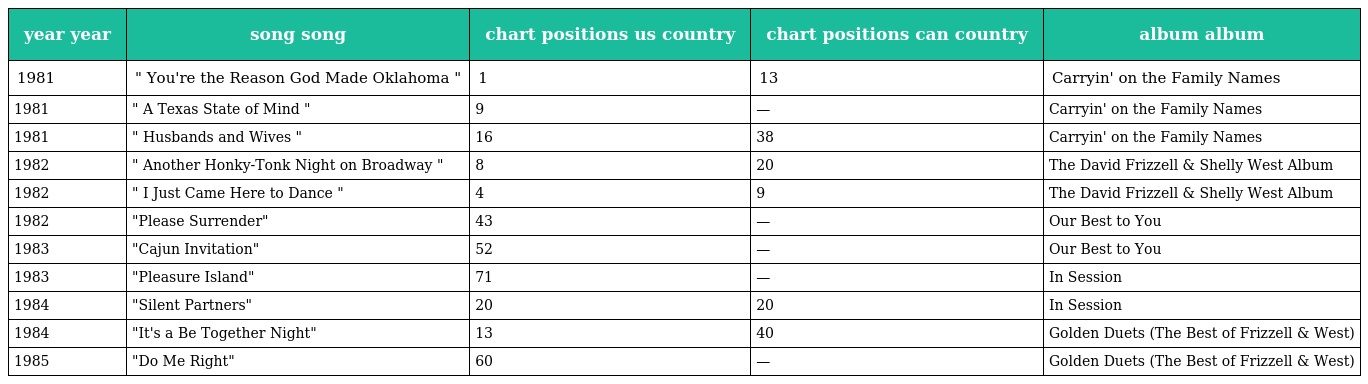
| year year | song song | chart positions us country | chart positions can country | album album |
 | --- | --- | --- | --- | --- |
 | 1981 | " You're the Reason God Made Oklahoma " | 1 | 13 | Carryin' on the Family Names |
 | 1981 | " A Texas State of Mind " | 9 | — | Carryin' on the Family Names |
 | 1981 | " Husbands and Wives " | 16 | 38 | Carryin' on the Family Names |
 | 1982 | " Another Honky-Tonk Night on Broadway " | 8 | 20 | The David Frizzell & Shelly West Album |
 | 1982 | " I Just Came Here to Dance " | 4 | 9 | The David Frizzell & Shelly West Album |
 | 1982 | "Please Surrender" | 43 | — | Our Best to You |
 | 1983 | "Cajun Invitation" | 52 | — | Our Best to You |
 | 1983 | "Pleasure Island" | 71 | — | In Session |
 | 1984 | "Silent Partners" | 20 | 20 | In Session |
 | 1984 | "It's a Be Together Night" | 13 | 40 | Golden Duets (The Best of Frizzell & West) |
 | 1985 | "Do Me Right" | 60 | — | Golden Duets (The Best of Frizzell & West) |